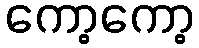
ကော့ကော့